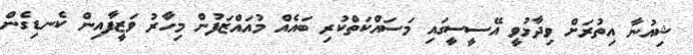
ޝިއުނާ އިތުރަށް ވިދާޅުވީ އޭސީސީގައި މަސައްކަތްކުރި ބައެއް މުއައްޒަފުން މިހާރު ވަޒީފާއިން ކެނޑިގެން